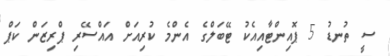
ސީ ތުނޑު 5 ޕޮއިންޓާއިއެކު ޓޭބަލްގެ އެންމެ ކުރިއަށް އައްސޭރި ޕްރިޒަން ކަޕް